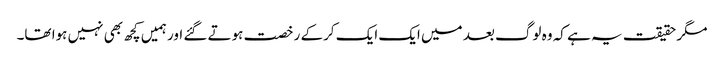
مگر حقیقت یہ ہے کہ وہ لوگ بعد میں ایک ایک کرکے رخصت ہوتے گئے اور ہمیں کچھ بھی نہیں ہوا تھا۔